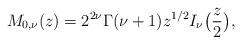
LaTeX: \begin{align*}M_{0,\nu}(z) = 2^{2\nu}\Gamma(\nu+1)z^{1/2}I_{\nu}\bigl(\frac{z}{2}\bigr),\end{align*}